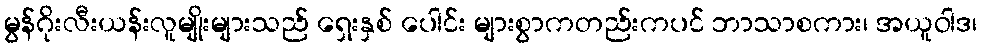
မွန်ဂိုးလီးယန်းလူမျိုးများသည် ရှေးနှစ် ပေါင်း များစွာကတည်းကပင် ဘာသာစကား၊ အယူဝါဒ၊